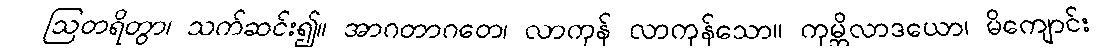
ဩတရိတွာ၊ သက်ဆင်း၍။ အာဂတာဂတေ၊ လာကုန် လာကုန်သော။ ကုမ္ဘိလာဒယော၊ မိကျောင်း